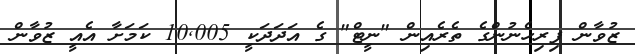
ޒުވާން ފިރިހެނުންގެ ތެރެއިން "ނީޓް" ގެ އަދަދަކީ 10